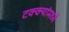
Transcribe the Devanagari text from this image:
टक्‍क्‍यांमध्ये